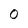
Character: 0